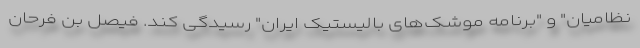
نظامیان" و "برنامه موشک‌های بالیستیک ایران" رسیدگی کند. فیصل بن فرحان